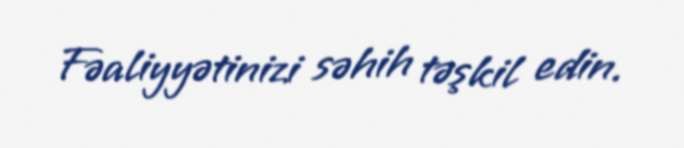
Fəaliyyətinizi səhih təşkil edin.